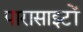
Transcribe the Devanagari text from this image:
पारासाइटों